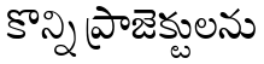
కొన్ని ప్రాజెక్టులను